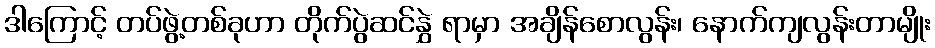
ဒါကြောင့် တပ်ဖွဲ့တစ်ခုဟာ တိုက်ပွဲဆင်နွှဲ ရာမှာ အချိန်စောလွန်း၊ နောက်ကျလွန်းတာမျိုး